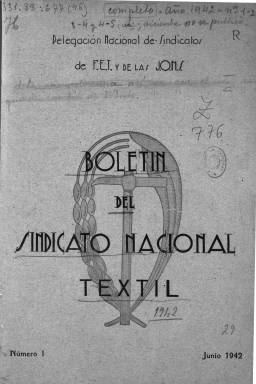
Título: Boletín del Sindicato Nacional Textil
Colección: Industria || Prensa sindical
Ámbito geográfico: Madrid
Lugar de publicación: Madrid
Fechas: 01/06/1942-30/11/1942